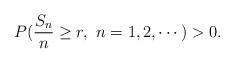
LaTeX: \begin{align*}P(\frac{S_n}n\ge r,\ n=1,2,\cdots)>0.\end{align*}